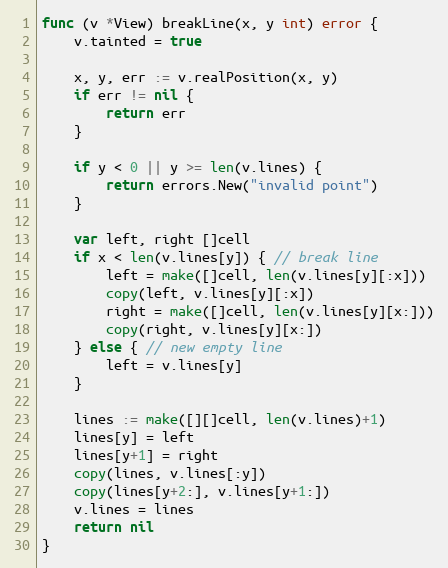
Language: Go
func (v *View) breakLine(x, y int) error {
	v.tainted = true

	x, y, err := v.realPosition(x, y)
	if err != nil {
		return err
	}

	if y < 0 || y >= len(v.lines) {
		return errors.New("invalid point")
	}

	var left, right []cell
	if x < len(v.lines[y]) { // break line
		left = make([]cell, len(v.lines[y][:x]))
		copy(left, v.lines[y][:x])
		right = make([]cell, len(v.lines[y][x:]))
		copy(right, v.lines[y][x:])
	} else { // new empty line
		left = v.lines[y]
	}

	lines := make([][]cell, len(v.lines)+1)
	lines[y] = left
	lines[y+1] = right
	copy(lines, v.lines[:y])
	copy(lines[y+2:], v.lines[y+1:])
	v.lines = lines
	return nil
}